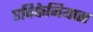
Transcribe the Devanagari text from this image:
एपिफेनियास